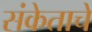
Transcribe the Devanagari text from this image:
संकेताचे